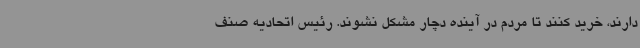
دارند، خرید کنند تا مردم در آینده دچار مشکل نشوند. رئیس اتحادیه صنف